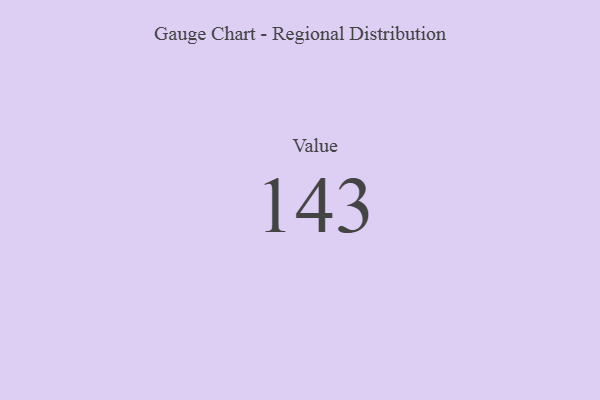
{"axis": {"x": "Metric", "y": "Value"}, "legend": [""], "data": [{"x": "Value", "y": 143, "type": ""}]}